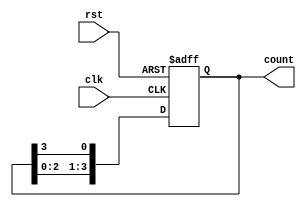
module ring_counter #(
    parameter N = 4  // Number of flip-flops (states in the counter)
)(
    input wire clk,     // Clock input
    input wire rst,     // Asynchronous reset input
    output reg [N-1:0] count // Output representing the current state
);

// Initial state
initial begin
    count = 1'b1; // Set the initial state to 100...0
end

always @(posedge clk or posedge rst) begin
    if (rst) begin
        count <= 1'b1; // Reset to initial state (only the first flip-flop set)
    end else begin
        count <= {count[N-2:0], count[N-1]}; // Shift right, feed last flip-flop to first
    end
end

endmodule